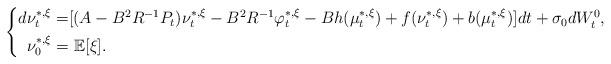
LaTeX: \begin{align*}\left\{\begin{aligned}d\nu_t^{*,\xi}=&[(A-B^2R^{-1}P_t)\nu_t^{*,\xi}-B^2R^{-1}\varphi_t^{*,\xi}-Bh(\mu_t^{*,\xi})+f(\nu_t^{*,\xi})+b(\mu_t^{*,\xi})]dt+\sigma_0dW^0_t,\\\nu_0^{*,\xi}=&~\mathbb{E}[\xi].\end{aligned}\right.\end{align*}